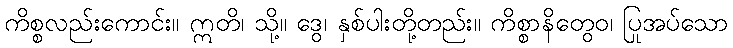
ကိစ္စလည်းကောင်း။ ဣတိ၊ သို့။ ဒွေ၊ နှစ်ပါးတို့တည်း။ ကိစ္စာနိတွေဝ၊ ပြုအပ်သော